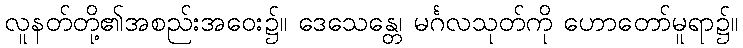
လူနတ်တို့၏အစည်းအဝေး၌။ ဒေသေန္တေ၊ မင်္ဂလသုတ်ကို ဟောတော်မူရာ၌။